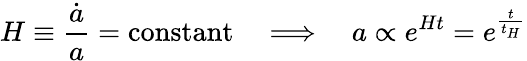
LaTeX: H\equiv{\frac{\dot{a}}{a}}={\textrm{constant}}\quad\Longrightarrow\quad a\propto e^{Ht}=e^{\frac{t}{t_{H}}}